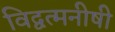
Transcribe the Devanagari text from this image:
विद्वत्मनीषी